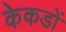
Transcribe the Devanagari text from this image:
केकडों